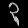
Digit: ၃